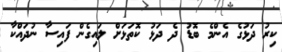
ކިރު ދަޅުގެ އެންމެ ބޮޑު ދެ ދަޅު ކޮތަޅަށް ލައިގެން ފައިސާ ނުދައްކާ